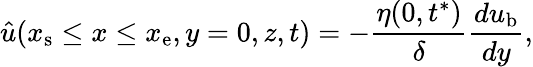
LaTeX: \hat{u}(x_{\mathrm{s}}\le x\le x_{\mathrm{e}},y=0,z,t)=-\frac{\eta(0,t^{*})}{\delta}\frac{du_{\mathrm{b}}}{dy},